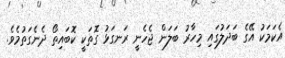
އެކަމަކު އޭގެ ބަދަލުގައި މިހާރު ބަލަން ޖެހެނީ ރަނގަޅު ގޮތަކީ ކޮބައިތޯ ދެނެގަތުމެވެ.